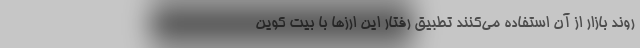
روند بازار از آن استفاده می‌کنند تطبیق رفتار این ارز‌ها با بیت کوین